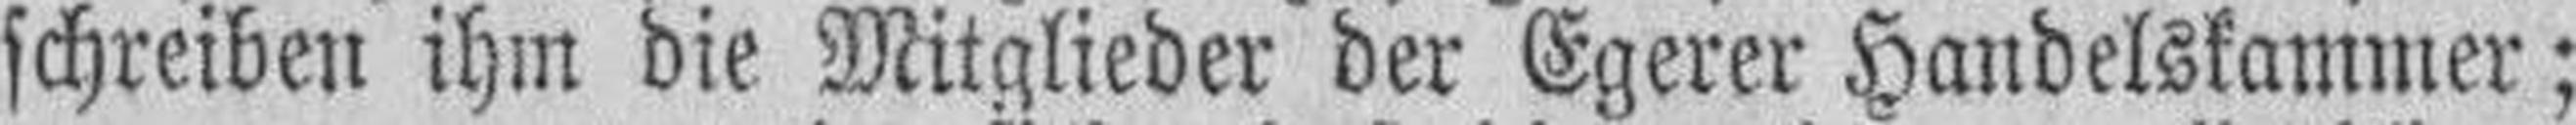
schreiben ihm die Mitglieder der Egerer Handelskammer;